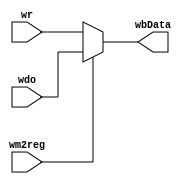
`timescale 1ns / 1ps
//////////////////////////////////////////////////////////////////////////////////
// Company: 
// Engineer: 
// 
// Design Name: 
// Module Name: WbMux
// Project Name: 
// Target Devices: 
// Tool Versions: 
// Description: 
// 
// Dependencies: 
// 
// Revision:
// Revision 0.01 - File Created
// Additional Comments:
// 
//////////////////////////////////////////////////////////////////////////////////


module WbMux(
    input [31:0] wr,
    input [31:0] wdo,
    input wm2reg,
    output reg [31:0] wbData
    );
    
    always @(*) begin
        if (wm2reg == 0)
        begin
            wbData = wr;
        end
        
        else
        begin
            wbData = wdo;
        end
    end
endmodule